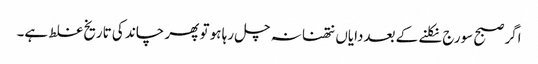
اگر صبح سورج نکلنے کے بعددایاں نتھنا نہ چل رہا ہو تو پھر چاند کی تاریخ غلط ہے۔